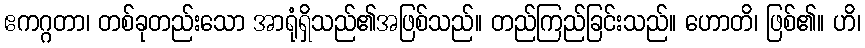
ဧကဂ္ဂတာ၊ တစ်ခုတည်းသော အာရုံရှိသည်၏အဖြစ်သည်။ တည်ကြည်ခြင်းသည်။ ဟောတိ၊ ဖြစ်၏။ ဟိ၊